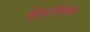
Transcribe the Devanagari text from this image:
मेनटॉवर